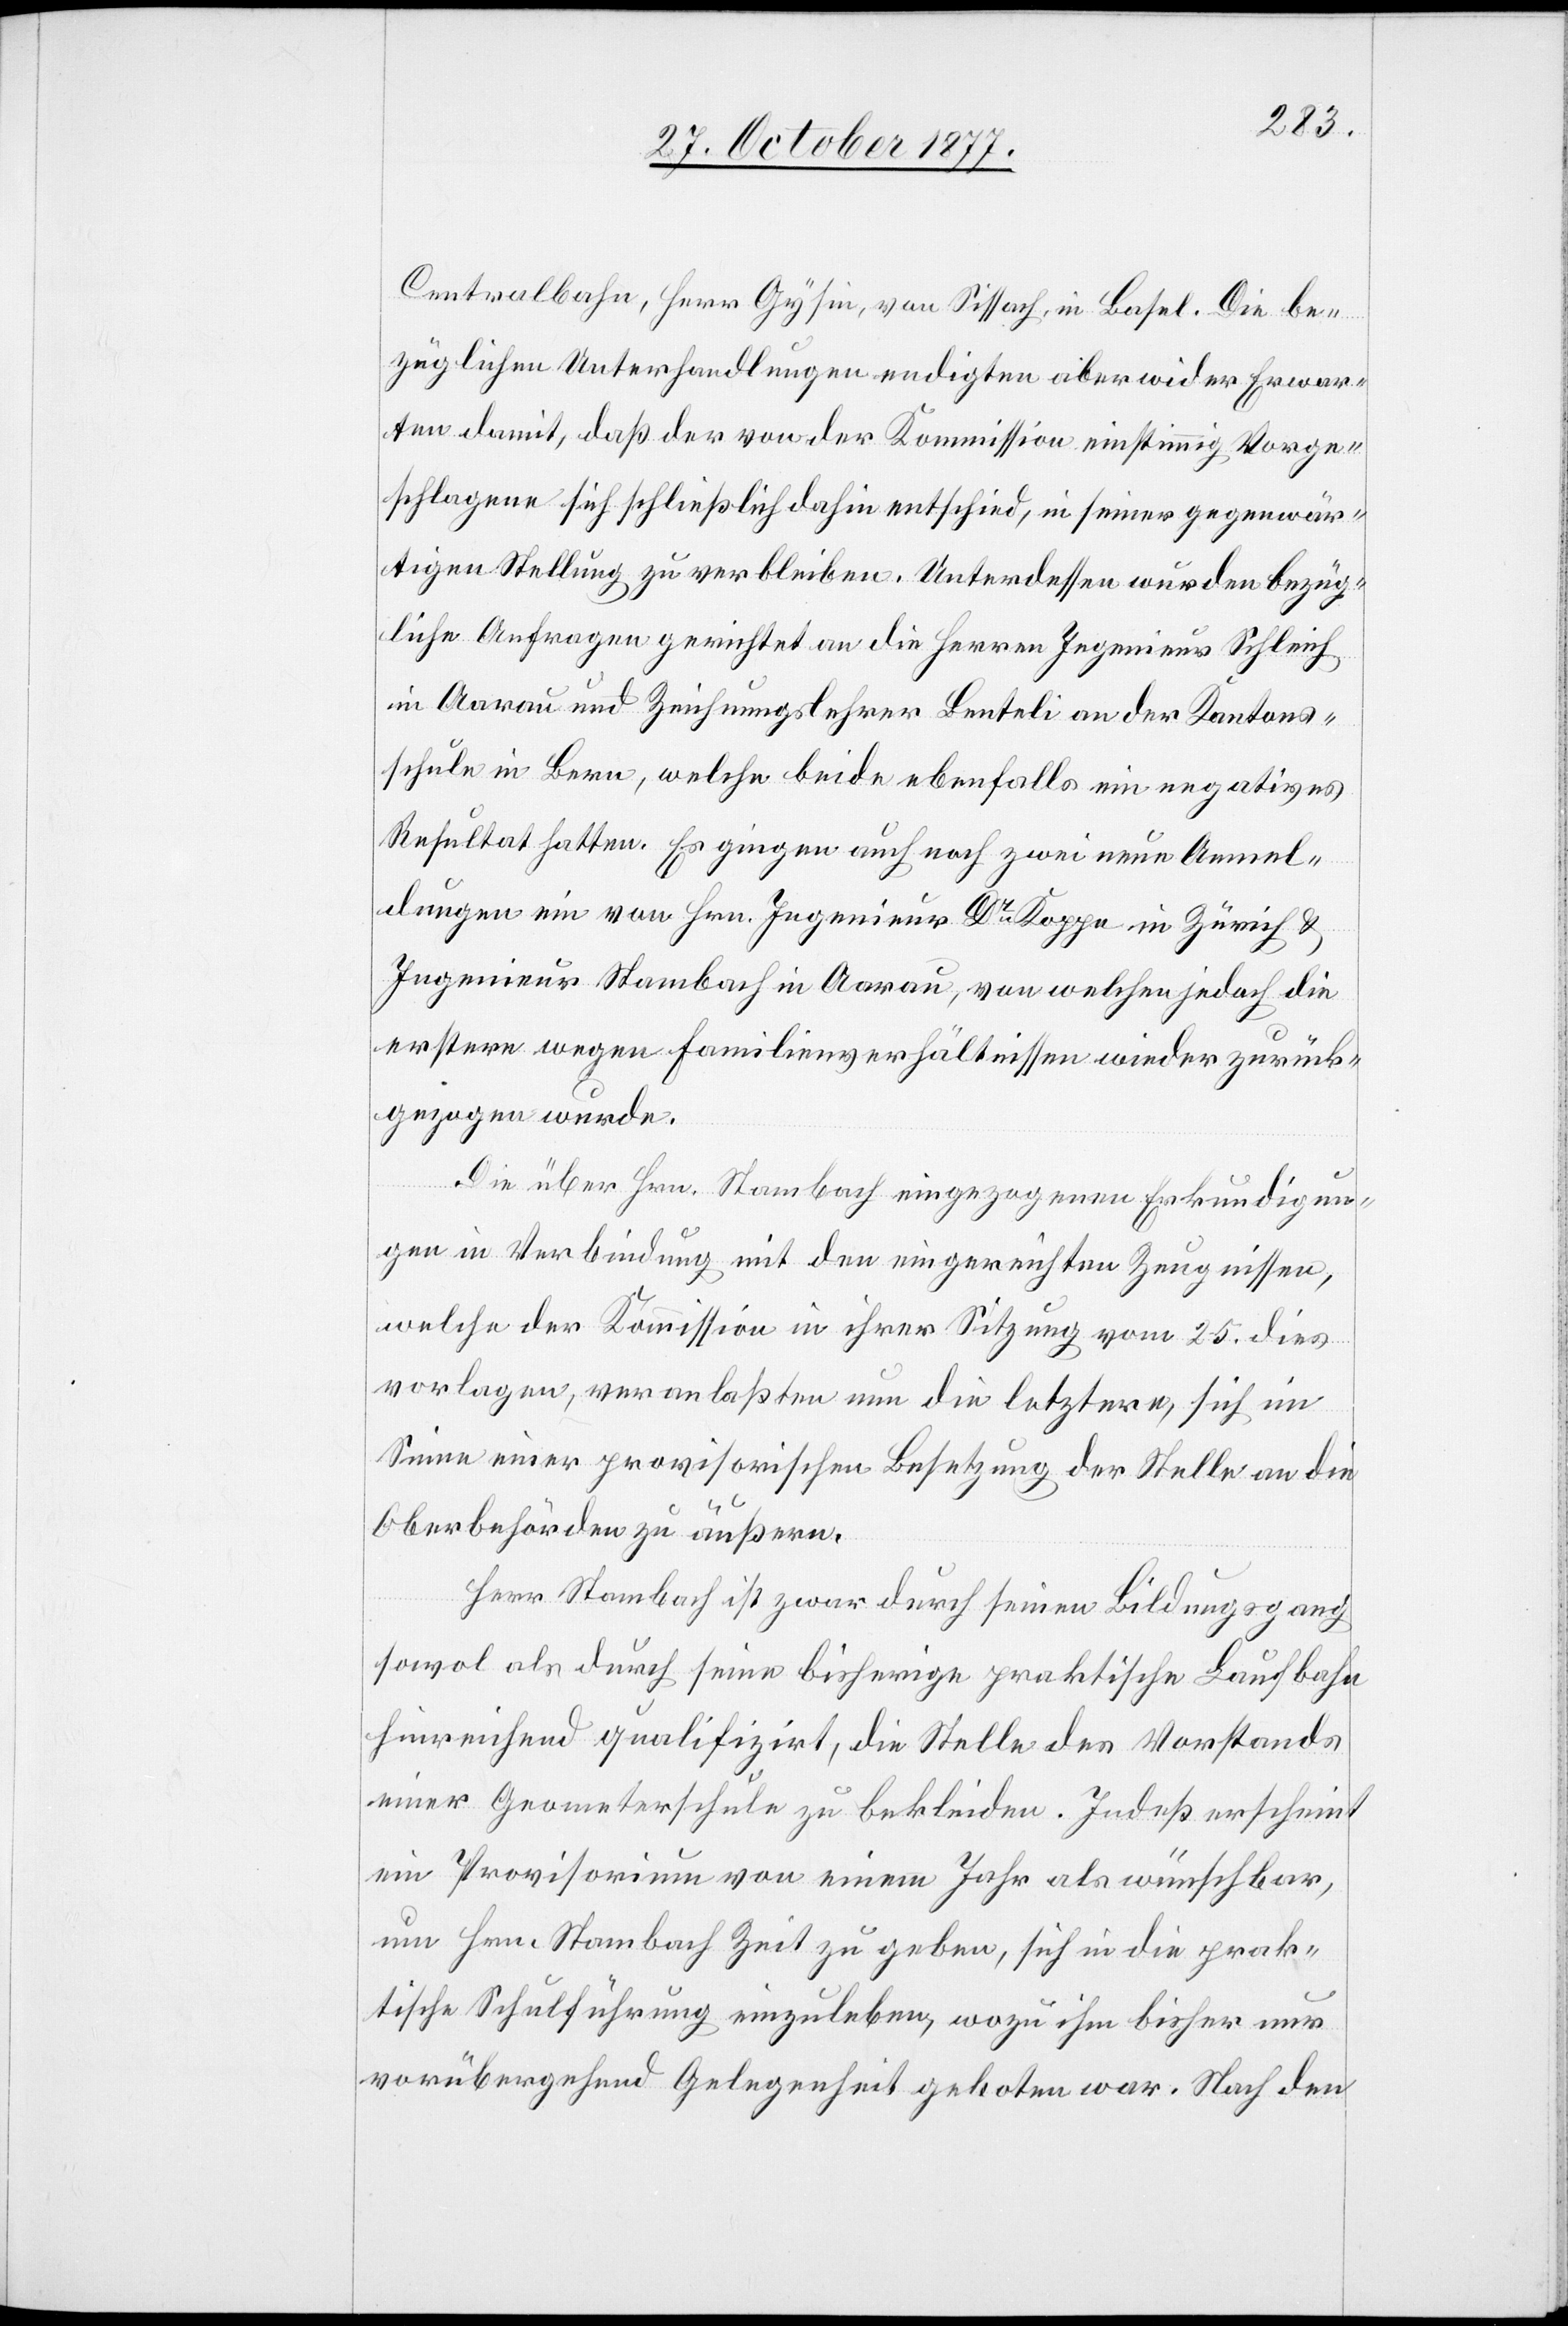
Centralbahn, Herr Gysin, von Sissach, in Basel. Die be¬
züglichen Unterhandlungen endigten aber wider Erwar¬
ten damit, daß der von der Kommission einstimmig Vorge¬
schlagene sich schließlich dahin entschied, in seiner gegenwär¬
tigen Stellung zu verbleiben. Unterdessen wurden bezüg¬
liche Anfragen gerichtet an die Herren Ingenieur Schleich
in Aarau und Zeichnungslehrer Benteli an der Kantons¬
schule in Bern, welche beide ebenfalls ein negatives
Resultat hatten. Es gingen auch noch zwei neue Anmel¬
dungen ein von Hrn. Ingenieur Dr Koppe in Zürich &
Ingenieur Stambach [sic!] in Aarau, von welchen jedoch die
erstere wegen Familienverhältnissen wieder zurück¬
gezogen wurde.
Die über Hrn. Stambach eingezogenen Erkundigun¬
gen in Verbindung mit den eingereichten Zeugnissen,
welche der Kommission in ihrer Sitzung vom 25. dies
vorlagen, veranlaßten nun die letztere, sich im
Sinne einer provisorischen Besetzung der Stelle an die
Oberbehörden zu äußern.
Herr Stambach ist zwar durch seinen Bildungsgang
sowol als durch seine bisherige praktische Laufbahn
hinreichend qualifizirt, die Stelle des Vorstands
einer Geometerschule zu bekleiden. Indeß erscheint
ein Provisorium von einem Jahr als wünschbar,
um Hrn. Stambach Zeit zu geben, sich in die prak¬
tische Schulführung einzuleben, wozu ihm bisher nur
vorübergehend Gelegenheit geboten war. Nach den